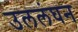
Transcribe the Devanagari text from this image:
उललंघन